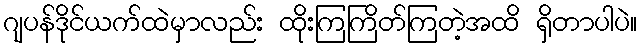
ဂျပန်ဒိုင်ယက်ထဲမှာလည်း ထိုးကြကြိတ်ကြတဲ့အထိ ရှိတာပါပဲ။